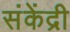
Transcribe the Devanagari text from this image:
संकेंद्री